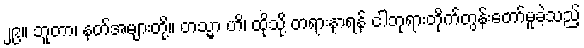
၂၉။ ဘူတာ၊ နတ်အများတို့။ တသ္မာ ဟိ၊ ထိုသို့ တရားနာရန် ငါဘုရားတိုက်တွန်းတော်မူခဲ့သည့်